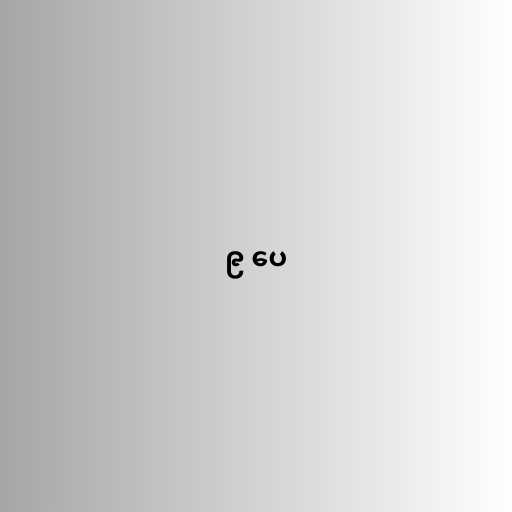
၉ ပေ